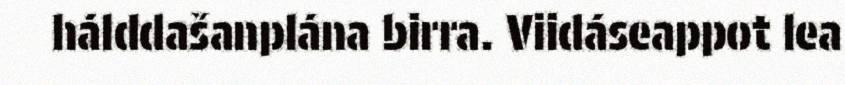
hálddašanplána birra. Viidáseappot lea